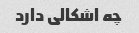
چه اشکالی دارد